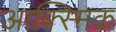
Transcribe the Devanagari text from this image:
आक्स्मिक